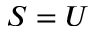
S = U